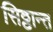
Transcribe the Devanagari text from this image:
सिठ्ठान्त